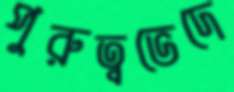
পুরুত্বভেদে